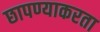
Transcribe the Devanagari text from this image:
छापण्याकरता